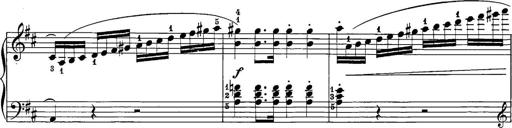
Title: 12 Sonatine per Pianoforte
Composer: Friedrich Kuhlau